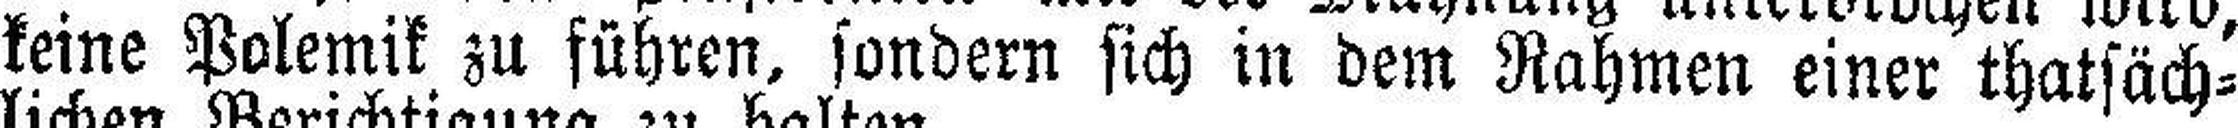
keine Polemik zu führen, sondern sich in dem Rahmen einer thatsäch¬